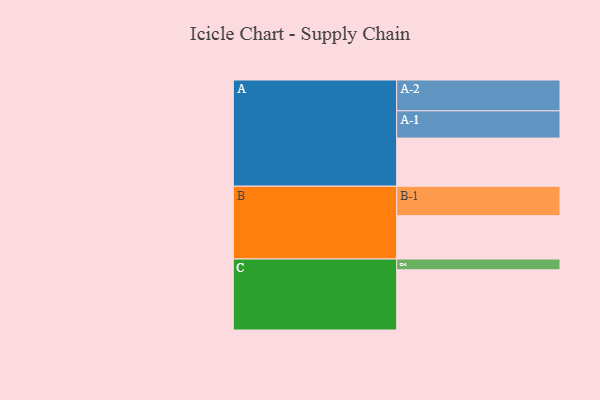
{"axis": {"x": "Segment", "y": "Value"}, "legend": ["", "A", "B", "C"], "data": [{"x": "A", "y": 459, "type": ""}, {"x": "B", "y": 413, "type": ""}, {"x": "C", "y": 574, "type": ""}, {"x": "A-1", "y": 260, "type": "A"}, {"x": "A-2", "y": 294, "type": "A"}, {"x": "B-1", "y": 281, "type": "B"}, {"x": "C-1", "y": 103, "type": "C"}]}